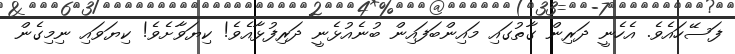
ފަސޭހައެވެ. އެހެނީ ދަރިން ގާތުގައި މައިންބަފައިން ބުނެއުޅެނީ ދަރިފުޅާއެވެ! ކިޔަވާށެވެ! ކިޔަވައި ނިމިގެން